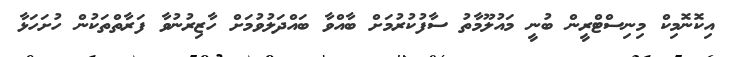
އިކޮނޮމިކް މިނިސްޓްރީން ބުނީ މައުލޫމާތު ސާފުކުރުމަށް ބާއްވާ ބައްދަލުވުމަށް ހާޒިރުނުވާ ފަރާތްތަކުން ހުށަހަޅާ